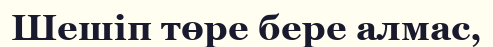
Шешіп төре бере алмас,